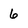
Character: 6